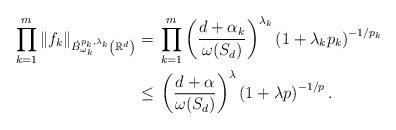
LaTeX: \begin{align*}\prod_{k=1}^m\|f_k\|_{\dot{B}^{p_k,\lambda_k}_{\omega_k}\left(\mathbb R^d\right)}=\;&\prod_{k=1}^m\left(\frac{d+\alpha_k}{\omega(S_d)}\right)^{\lambda_k}\left(1+\lambda_k p_k\right)^{-1/p_k}\\\leq\;&\left(\frac{d+\alpha }{\omega(S_d)}\right)^{\lambda}\left(1+\lambda p\right)^{-1/p}.\end{align*}